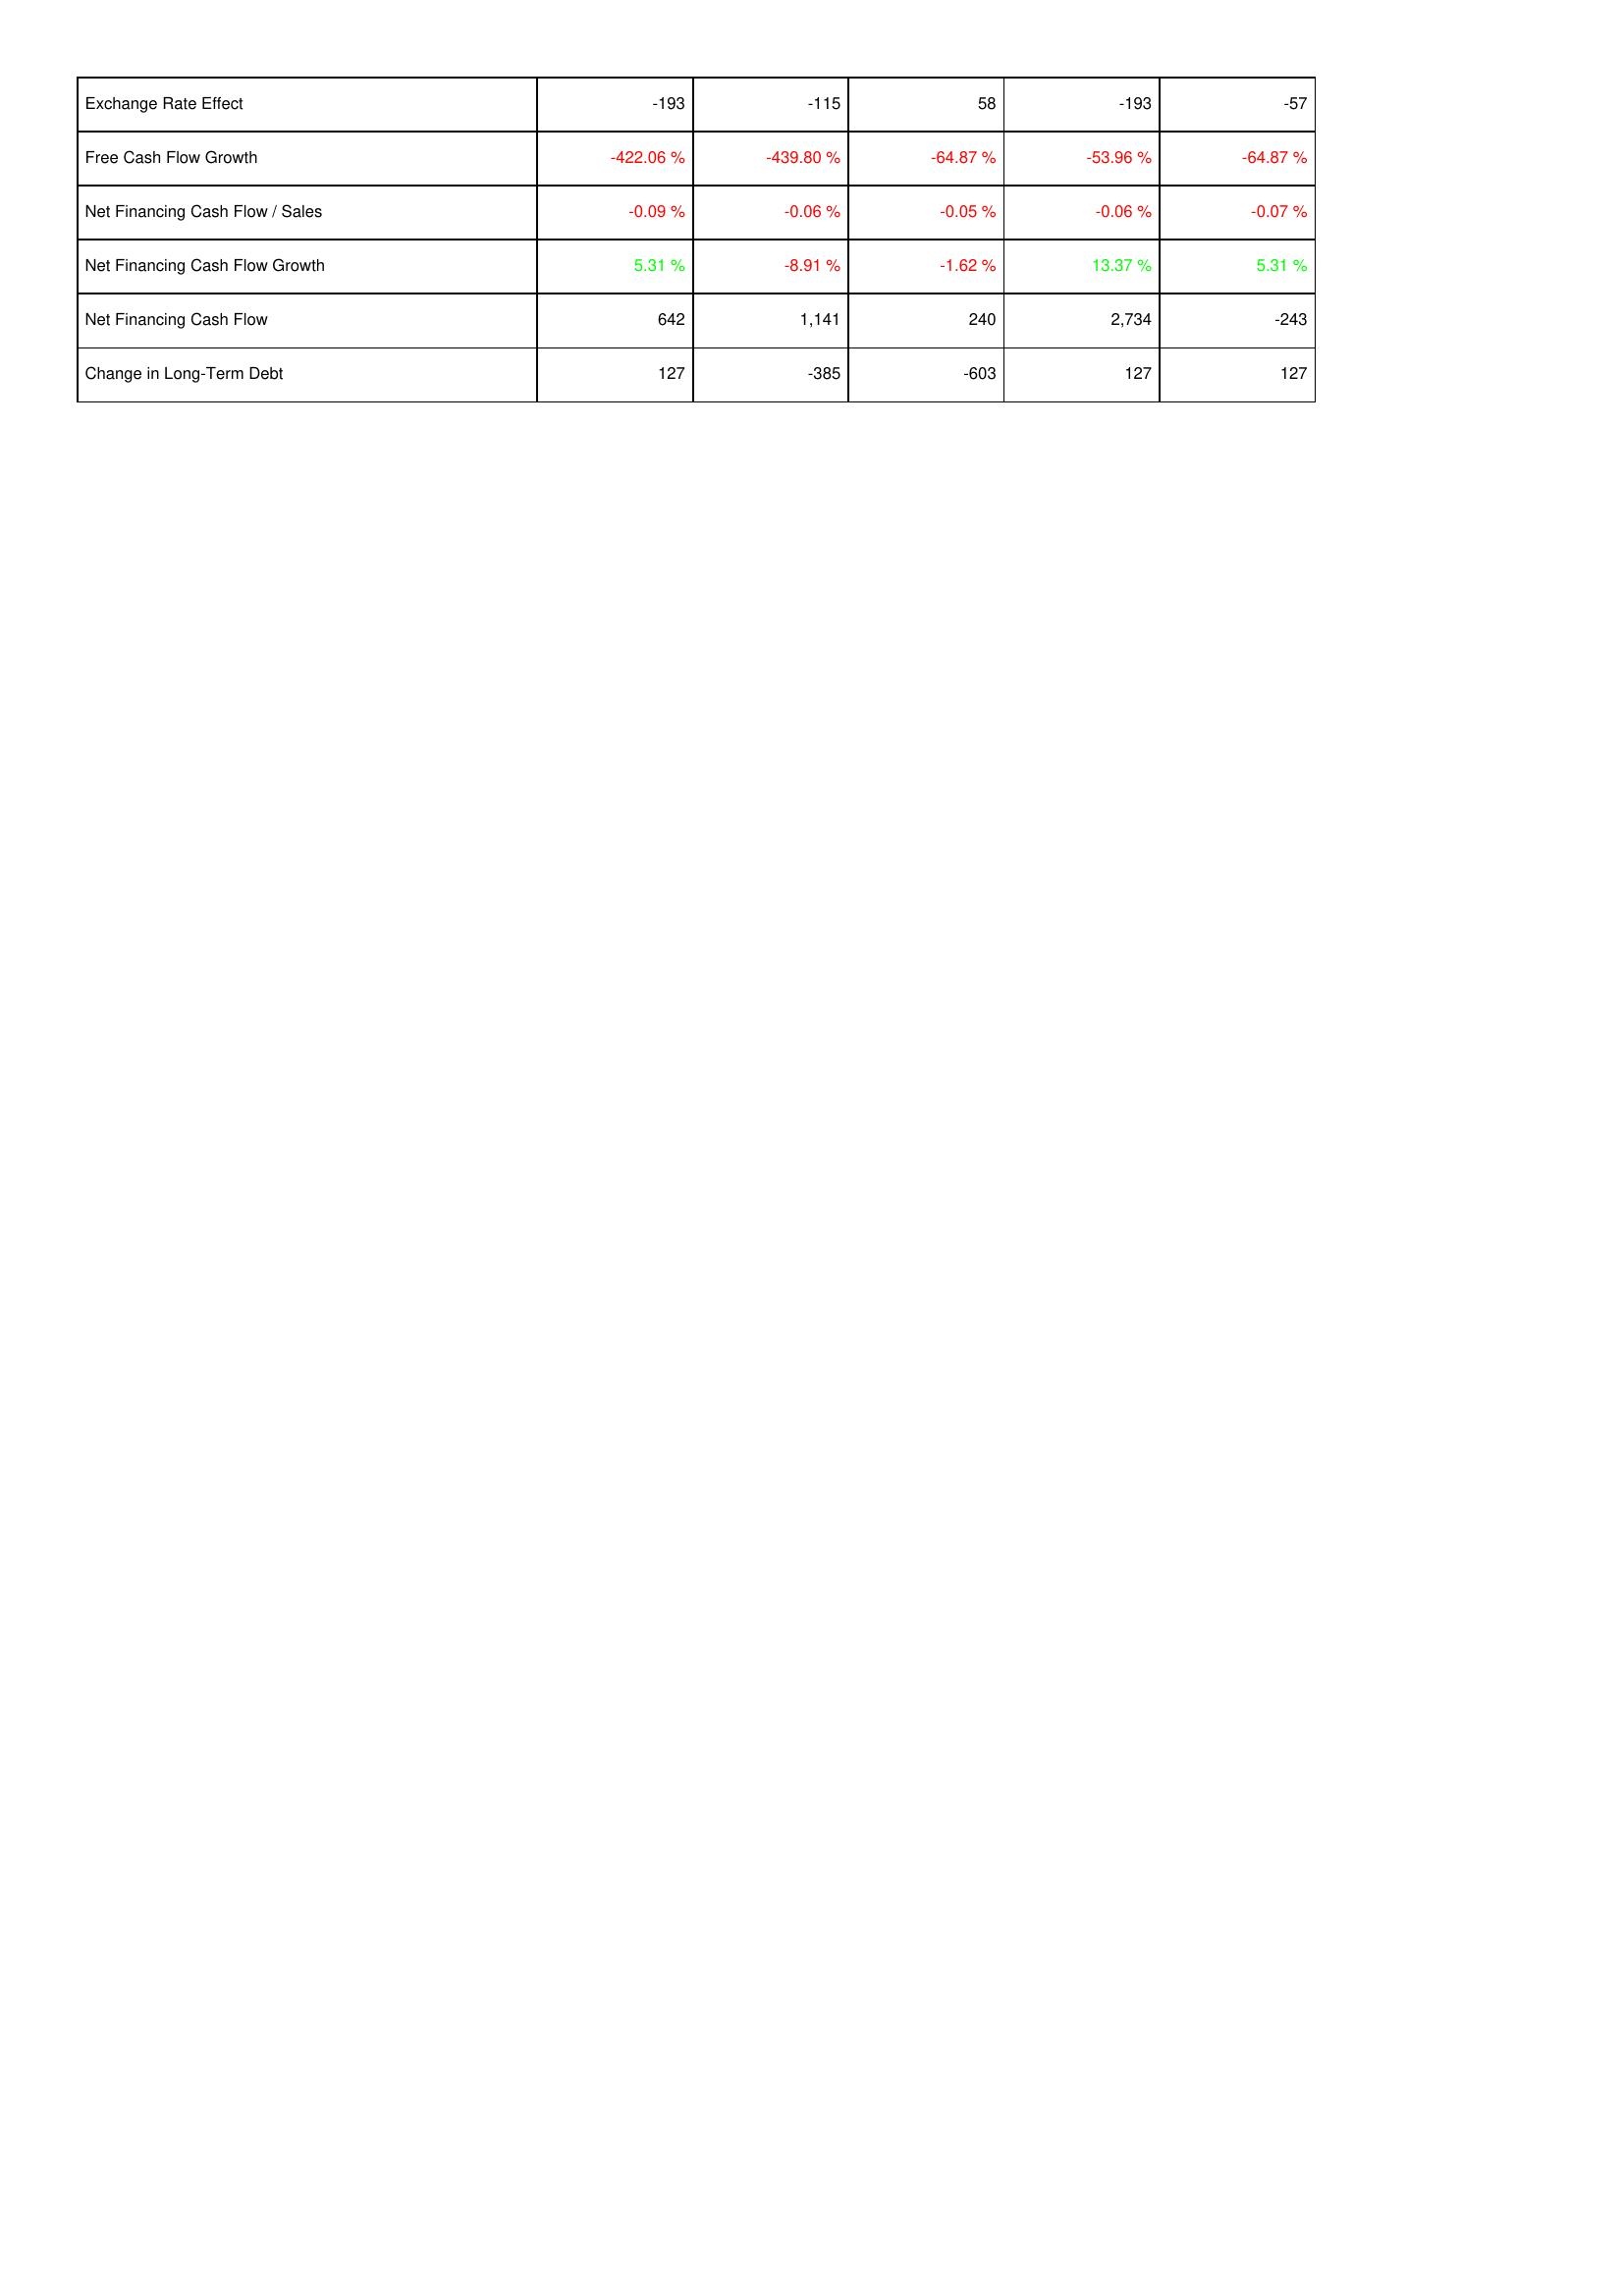
2016: Financing Activities: Exchange Rate Effect: -193
Free Cash Flow Growth: -422.06 %
Net Financing Cash Flow / Sales: -0.09 %
Net Financing Cash Flow Growth: 5.31 %
Net Financing Cash Flow: 642
Change in Long-Term Debt: 127
2015: Financing Activities: Exchange Rate Effect: -115
Free Cash Flow Growth: -439.80 %
Net Financing Cash Flow / Sales: -0.06 %
Net Financing Cash Flow Growth: -8.91 %
Net Financing Cash Flow: 1,141
Change in Long-Term Debt: -385
2014: Financing Activities: Exchange Rate Effect: 58
Free Cash Flow Growth: -64.87 %
Net Financing Cash Flow / Sales: -0.05 %
Net Financing Cash Flow Growth: -1.62 %
Net Financing Cash Flow: 240
Change in Long-Term Debt: -603
2013: Financing Activities: Exchange Rate Effect: -193
Free Cash Flow Growth: -53.96 %
Net Financing Cash Flow / Sales: -0.06 %
Net Financing Cash Flow Growth: 13.37 %
Net Financing Cash Flow: 2,734
Change in Long-Term Debt: 127
2012: Financing Activities: Exchange Rate Effect: -57
Free Cash Flow Growth: -64.87 %
Net Financing Cash Flow / Sales: -0.07 %
Net Financing Cash Flow Growth: 5.31 %
Net Financing Cash Flow: -243
Change in Long-Term Debt: 127